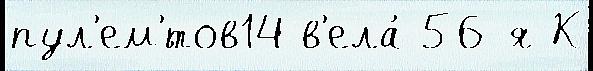
пул'ем'́тов14 в'ела́ 56-я К